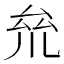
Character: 𠫱